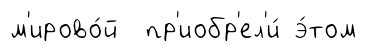
м'ирово́й пр'иобр'ел'и́ э́том